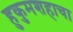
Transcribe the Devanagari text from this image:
हुकुमशहाचा